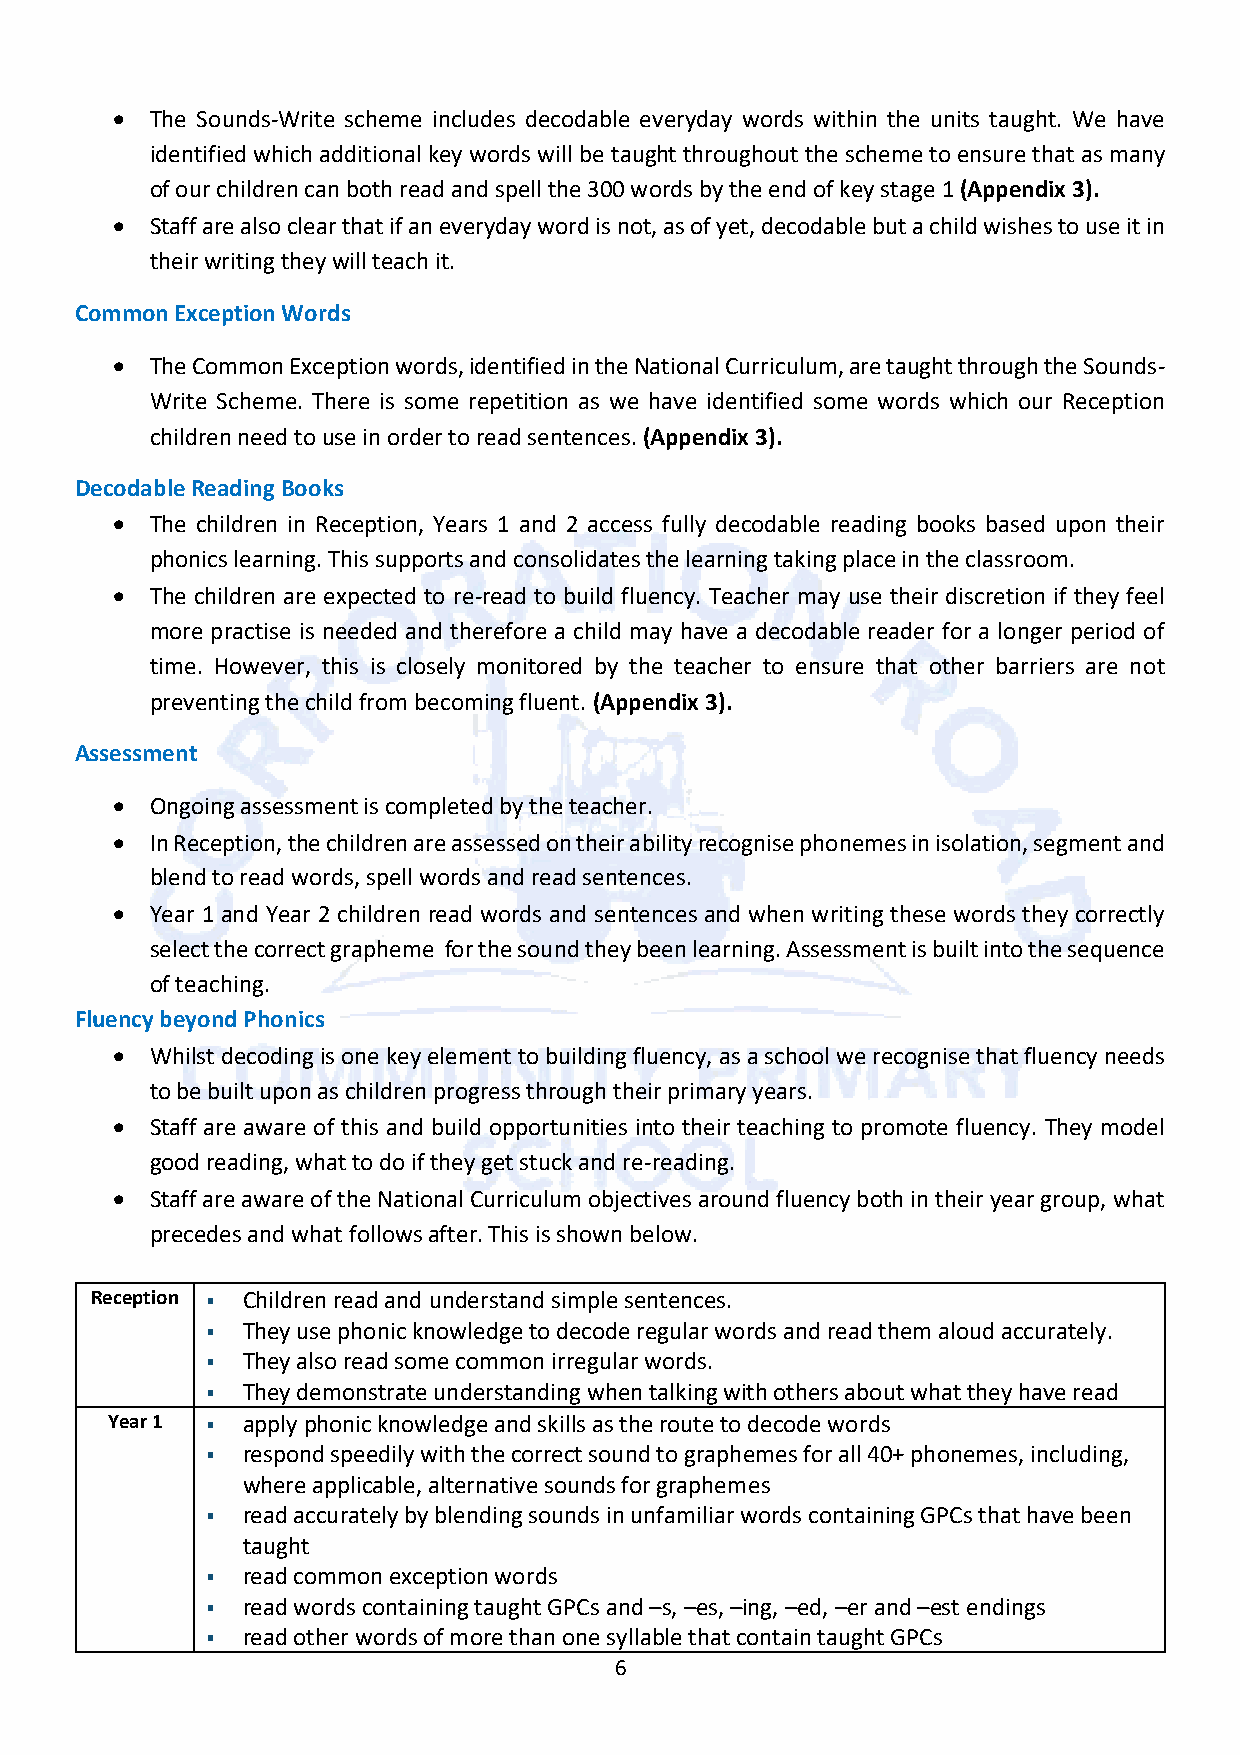
•  The Sounds-Write scheme includes decodable everyday words within the units taught. We have
 identified which additional key words will be taught throughout the scheme to ensure that as many
 of our children can both read and spell the 300 words by the end of key stage 1 (Appendix 3).
 •  Staff are also clear that if an everyday word is not, as of yet, decodable but a child wishes to use it in
 their writing they will teach it.
 Common Exception Words
 •  The Common Exception words, identified in the National Curriculum, are taught through the Sounds-
 Write Scheme. There is some repetition as we have identified some words which our Reception
 children need to use in order to read sentences. (Appendix 3).
 Decodable Reading Books
 •  The children in Reception, Years 1 and 2 access fully decodable reading books based upon their
 phonics learning. This supports and consolidates the learning taking place in the classroom.
 •  The children are expected to re-read to build fluency. Teacher may use their discretion if they feel
 more practise is needed and therefore a child may have a decodable reader for a longer period of
 time. However, this is closely monitored by the teacher to ensure that other barriers are not
 preventing the child from becoming fluent. (Appendix 3).
 Assessment
 •  Ongoing assessment is completed by the teacher.
 •  In Reception, the children are assessed on their ability recognise phonemes in isolation, segment and
 blend to read words, spell words and read sentences.
 •  Year 1 and Year 2 children read words and sentences and when writing these words they correctly
 select the correct grapheme for the sound they been learning. Assessment is built into the sequence
 of teaching.
 Fluency beyond Phonics
 •  Whilst decoding is one key element to building fluency, as a school we recognise that fluency needs
 to be built upon as children progress through their primary years.
 •  Staff are aware of this and build opportunities into their teaching to promote fluency. They model
 good reading, what to do if they get stuck and re-reading.
 •  Staff are aware of the National Curriculum objectives around fluency both in their year group, what
 precedes and what follows after. This is shown below.
 Reception § Children read and understand simple sentences.
 § They use phonic knowledge to decode regular words and read them aloud accurately.
 § They also read some common irregular words.
 § They demonstrate understanding when talking with others about what they have read
 Year 1 § apply phonic knowledge and skills as the route to decode words
 § respond speedily with the correct sound to graphemes for all 40+ phonemes, including,
 where applicable, alternative sounds for graphemes
 § read accurately by blending sounds in unfamiliar words containing GPCs that have been
 taught
 § read common exception words
 § read words containing taught GPCs and –s, –es, –ing, –ed, –er and –est endings
 § read other words of more than one syllable that contain taught GPCs
 6